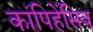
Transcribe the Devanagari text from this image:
कांपिहेंसिव